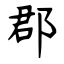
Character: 郡